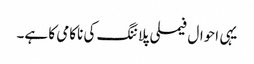
یہی احوال فیملی پلاننگ کی ناکامی کا ہے۔